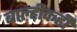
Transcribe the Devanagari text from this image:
बाल्हीकही